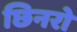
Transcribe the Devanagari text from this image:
छिनरो